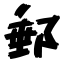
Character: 郵